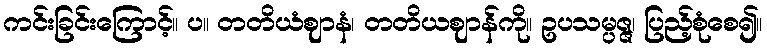
ကင်းခြင်းကြောင့်။ ပ။ တတိယံဈာနံ၊ တတိယဈာန်ကို။ ဥပသမ္ပဇ္ဇ၊ ပြည့်စုံစေ၍။